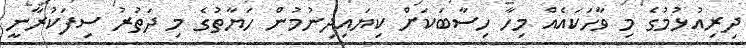
ދިރިއުޅުމުގެ މި ވާހަކައެއް މިހާ ހިސާބަކަށް ކިޔައިދިނުމުން ހަޔާތުގެ މި ދަތުރު ސިފަކުރާނީ